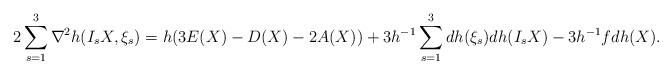
LaTeX: \begin{align*} 2\sum_{s=1}^3\nabla^2h(I_sX,\xi_s)=h(3E(X)-D(X)-2A(X))+3h^{-1}\sum_{s=1}^3dh(\xi_s)dh(I_sX)-3h^{-1}fdh(X).\end{align*}